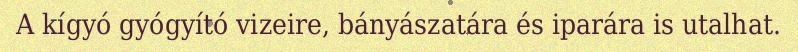
A kígyó gyógyító vizeire, bányászatára és iparára is utalhat.